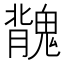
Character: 𩳿